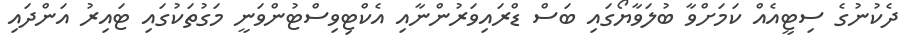
ދެކުނުގެ ސިޓީއެއް ކަމަށްވާ ބުލަވާޔޯގައި ބަސް ޑްރައިވަރުންނާއި އެކްޓިވިސްޓުންވަނީ މަގުތަކުގައި ޓައިރު އަންދައި